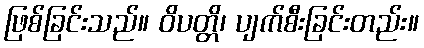
ဖြစ်ခြင်းသည်။ ဝိပတ္တိ၊ ပျက်စီးခြင်းတည်း။